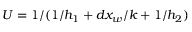
U = 1 / ( 1 / h _ { 1 } + d x _ { w } / k + 1 / h _ { 2 } )